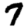
Digit: 7